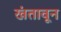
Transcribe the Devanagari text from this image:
खंतावून